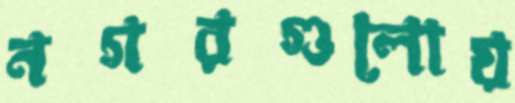
নগরগুলোয়